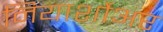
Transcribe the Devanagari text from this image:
नियार्शोअर